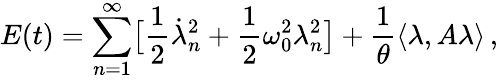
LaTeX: E(t)=\sum_{n=1}^{\infty}\bigl[\frac 12\dot{\lambda}_{n}^{2}+\frac 12\omega_{0}^{2}\lambda_{n}^{2}\bigr]+\frac 1\theta\langle\lambda,A\lambda\rangle\, ,